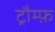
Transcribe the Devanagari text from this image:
ट्रौम्फ़